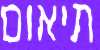
תיאום